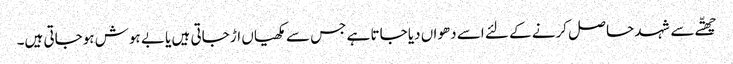
چھتّے سے شہد حا صل کرنے کے لئے اسے دھواں دیا جاتا ہے جس سے مکھیاں اڑ جاتی ہیں یا بے ہوش ہوجاتی ہیں۔